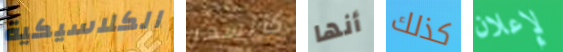
الكلاسيكية كالسحر أنها كذلك لإعلان